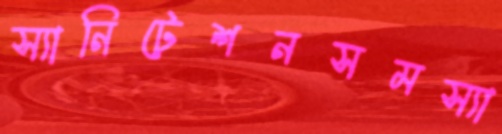
স্যানিটেশনসমস্যা